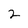
Character: 2